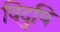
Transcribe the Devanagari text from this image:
विदुषि